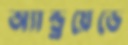
অ্যান্ড্রয়েডে